38_143685_box7_Incident_Summaries_1-100
Agency: Department of War
Page 25
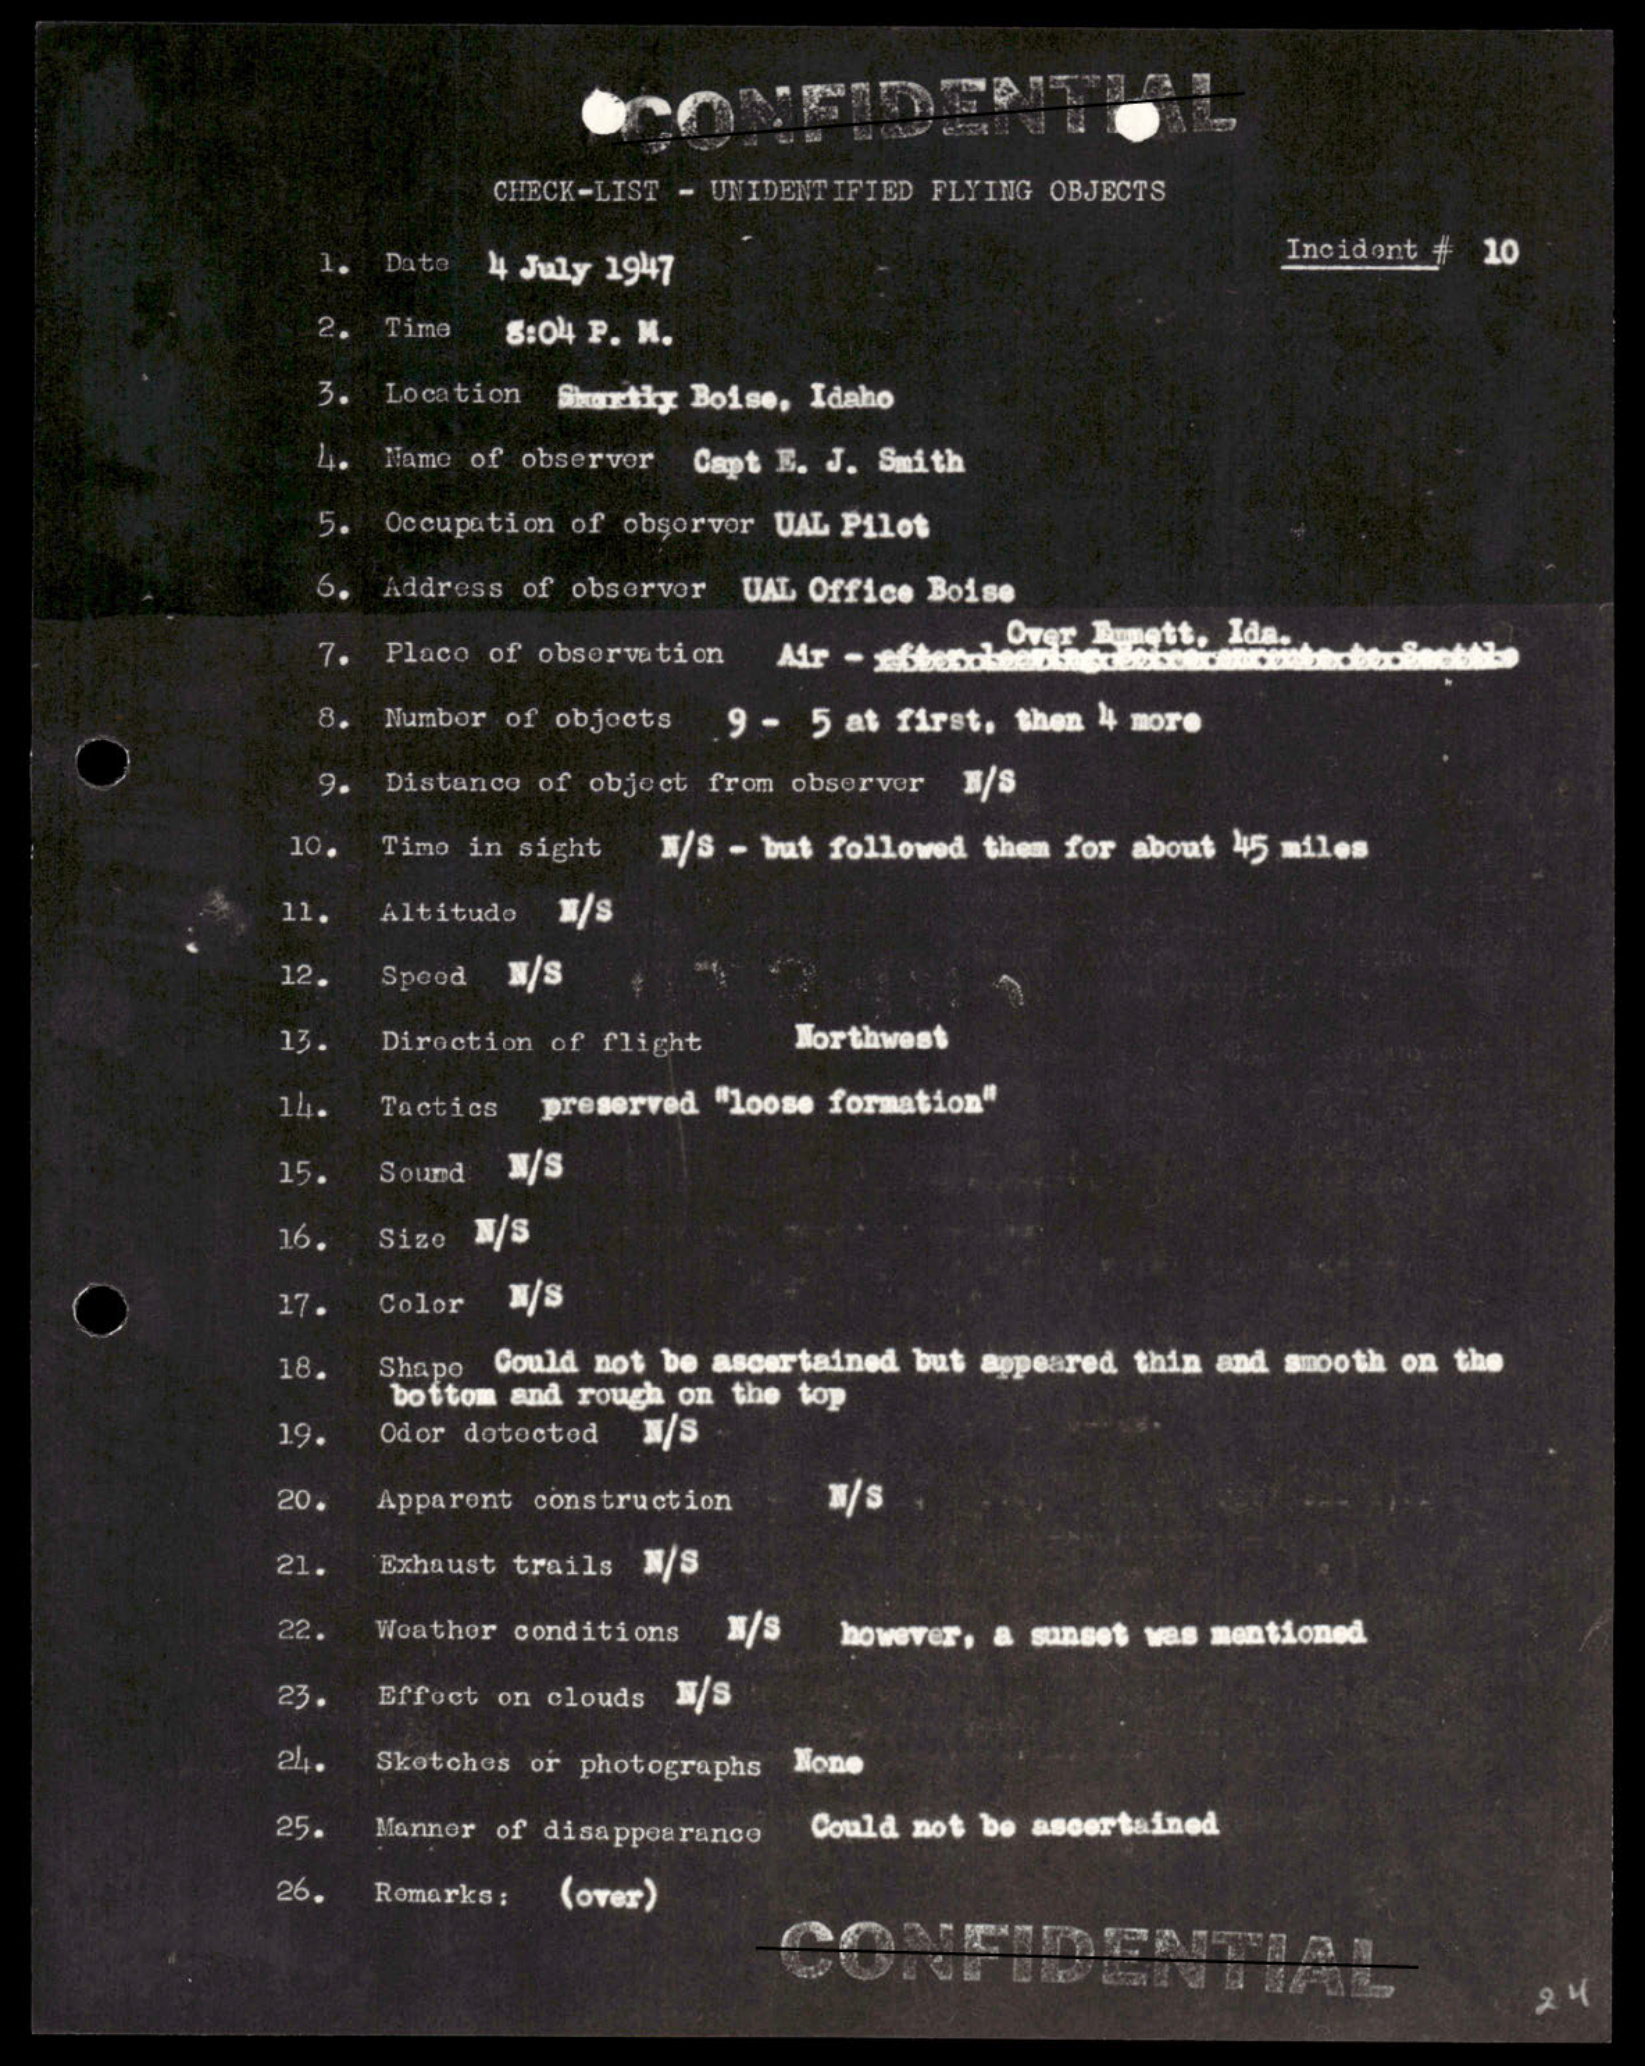